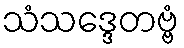
သံသဒ္ဒေတဗ္ဗံ